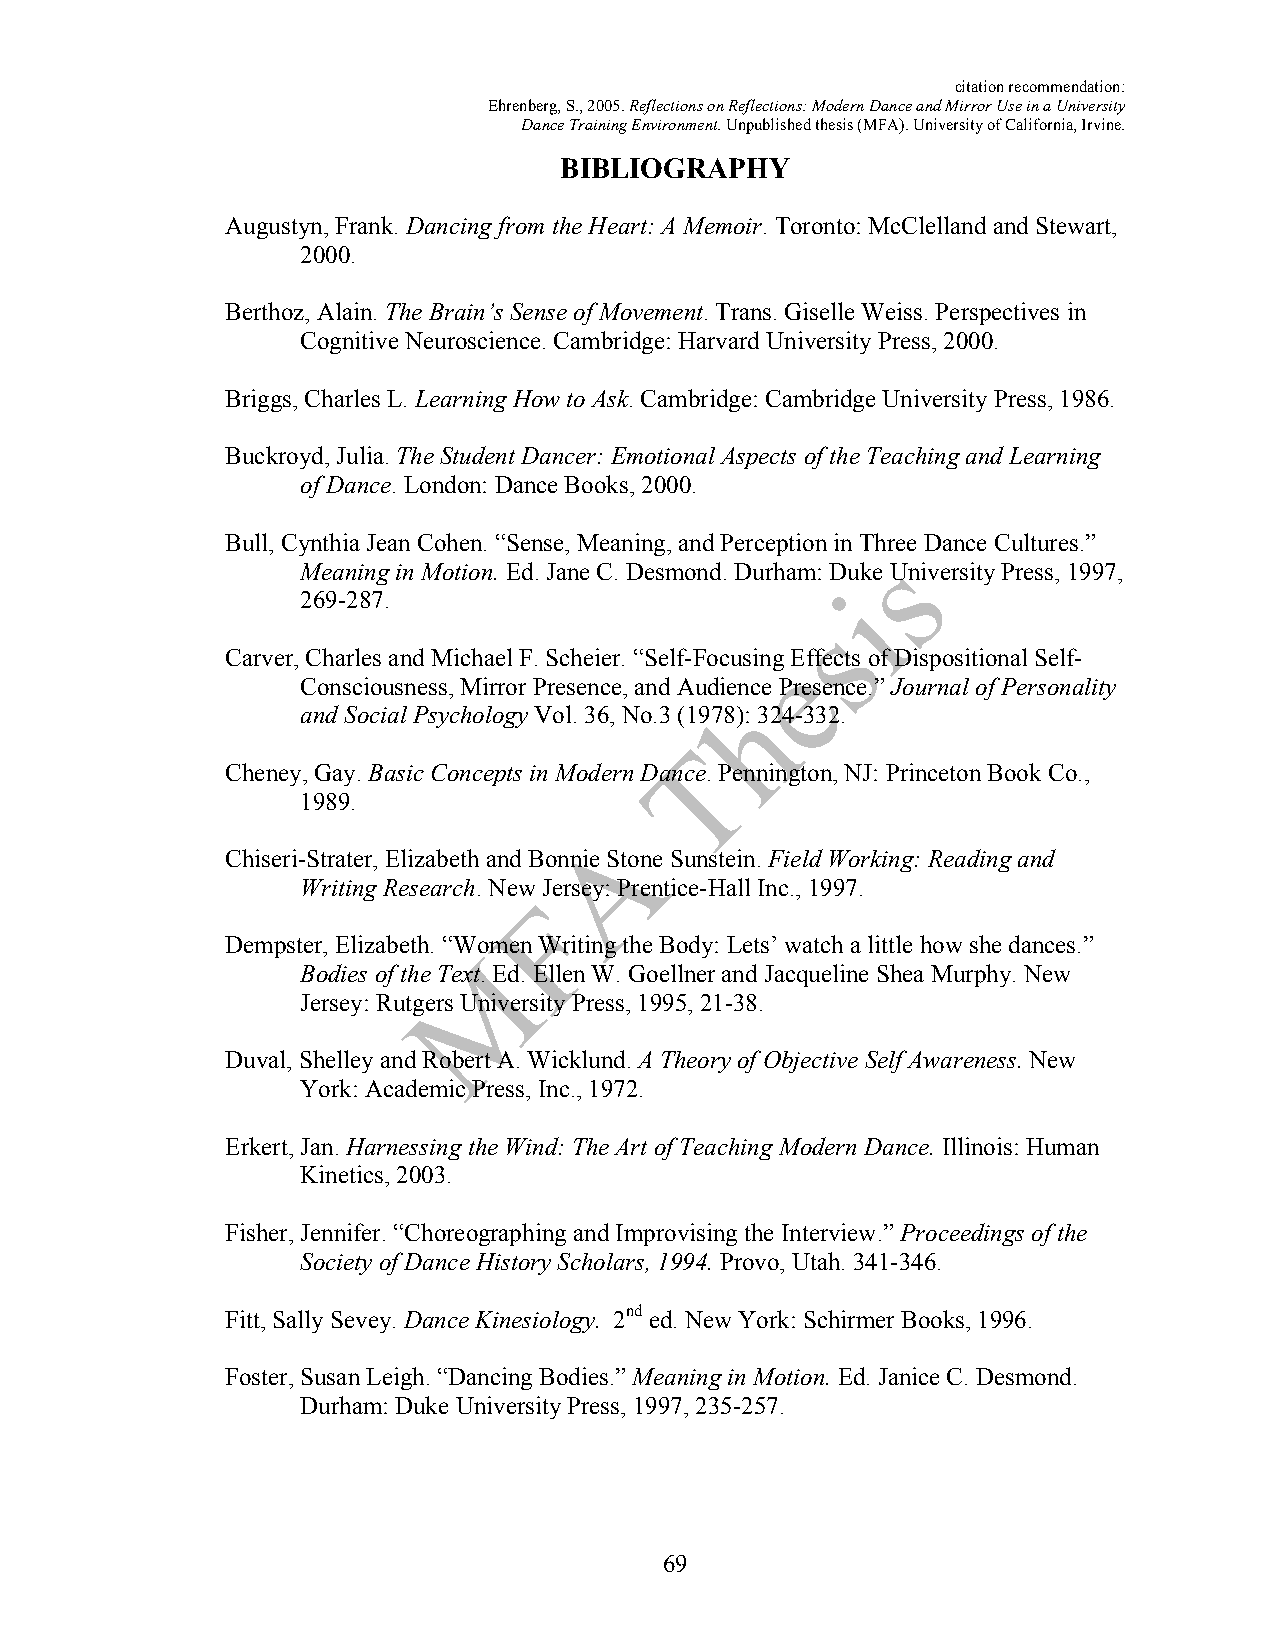
citation recommendation:
 Ehrenberg, S., 2005. Reflections on Reflections: Modern Dance and Mirror Use in a University
 Dance Training Environment. Unpublished thesis (MFA). University of California, Irvine.
 BIBLIOGRAPHY
 Augustyn, Frank. Dancing from the Heart: A Memoir. Toronto: McClelland and Stewart,
 2000.
 Berthoz, Alain. The Brain’s Sense of Movement. Trans. Giselle Weiss. Perspectives in
 Cognitive Neuroscience. Cambridge: Harvard University Press, 2000.
 Briggs, Charles L. Learning How to Ask. Cambridge: Cambridge University Press, 1986.
 Buckroyd, Julia. The Student Dancer: Emotional Aspects of the Teaching and Learning
 of Dance. London: Dance Books, 2000.
 Bull, Cynthia Jean Cohen. “Sense, Meaning, and Perception in Three Dance Cultures.”
 Meaning in Motion. Ed. Jane C. Desmond. Durham: Duke University Press, 1997,
 269-287.
 Carver, Charles and Michael F. Scheier. “Self-Focusing Effects of Dispositional Self-
 Consciousness, Mirror Presence, and Audience Presence.” Journal of Personality
 and Social Psychology Vol. 36, No.3 (1978): 324-332.
 Cheney, Gay. Basic Concepts in Modern Dance. Pennington, NJ: Princeton Book Co.,
 1989.
 Chiseri-Strater, Elizabeth and Bonnie Stone Sunstein. Field Working: Reading and
 Writing Research. New Jersey: Prentice-Hall Inc., 1997.
 Dempster, Elizabeth. “Women Writing the Body: Lets’ watch a little how she dances.”
 Bodies of the Text. Ed. Ellen W. Goellner and Jacqueline Shea Murphy. New
 Jersey: Rutgers University Press, 1995, 21-38.
 Duval, Shelley and Robert A. Wicklund. A Theory of Objective Self Awareness. New
 York: Academic Press, Inc., 1972.
 Erkert, Jan. Harnessing the Wind: The Art of Teaching Modern Dance. Illinois: Human
 Kinetics, 2003.
 Fisher, Jennifer. “Choreographing and Improvising the Interview.” Proceedings of the
 Society of Dance History Scholars, 1994. Provo, Utah. 341-346.
 Fitt, Sally Sevey. Dance Kinesiology. 2nd ed. New York: Schirmer Books, 1996.
 Foster, Susan Leigh. “Dancing Bodies.” Meaning in Motion. Ed. Janice C. Desmond.
 Durham: Duke University Press, 1997, 235-257.
 69